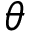
\theta